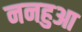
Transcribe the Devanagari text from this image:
ननहुआ